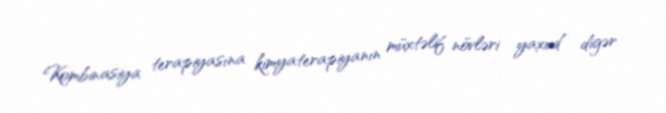
Kombinasiya terapiyasına kimyaterapiyanın müxtəlif növləri yaxud digər